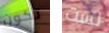
تكون لست